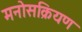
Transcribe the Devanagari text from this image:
मनोसक्रियण